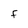
Character: f